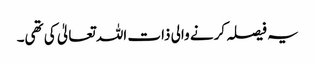
یہ فیصلہ کرنے والی ذات اللہ تعالیٰ کی تھی۔